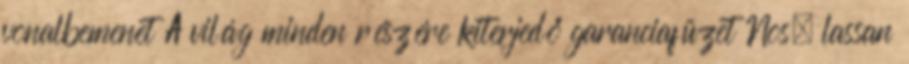
vonalbemenet A világ minden részére kiterjedő garanciafüzet Nos, lassan